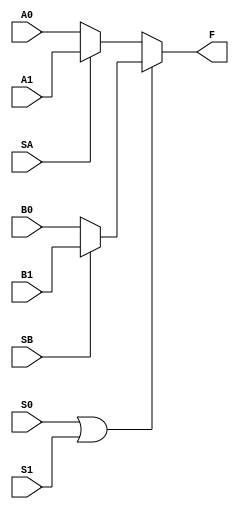
module C1 (A0, A1, SA, B0, B1, SB, S0, S1, F);
	input A0, A1, SA, B0, B1, SB, S0, S1;
	output F;
	wire F1, F2, S2;
	
	assign F1 = (SA) ? A1 : A0;
	assign F2 = (SB) ? B1 : B0;
	assign F = (S2) ? F2 : F1;
	assign S2 = S0 | S1;
endmodule